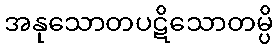
အနုသောတပဋိသောတမ္ပိ